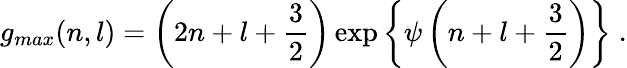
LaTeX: g_{max}(n,l)=\left(2n+l+\frac{3}{2}\right)\exp\left\{ \psi\left(n+l+\frac{3}{2}\right)\right\} \; .